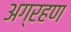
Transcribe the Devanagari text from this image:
अग्रहण